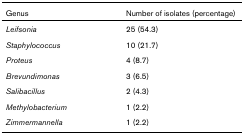
<table><thead><tr><td><b>Genus</b></td><td><b>Number of isolates (percentage)</b></td></tr></thead><tbody><tr><td><i>Leifsonia</i></td><td>25 (54.3)</td></tr><tr><td><i>Staphylococcus</i></td><td>10 (21.7)</td></tr><tr><td><i>Proteus</i></td><td>4 (8.7)</td></tr><tr><td><i>Brevundimonas</i></td><td>3 (6.5)</td></tr><tr><td><i>Salibacillus</i></td><td>2 (4.3)</td></tr><tr><td><i>Methylobacterium</i></td><td>1 (2.2)</td></tr><tr><td><i>Zimmermannella</i></td><td>1 (2.2)</td></tr></tbody></table>